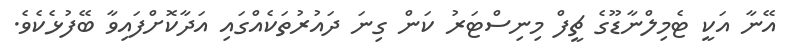
އޭނާ އަކީ ޓެމިލްނާޑޫގެ ޗީފް މިނިސްޓަރު ކަން ގިނަ ދައުރުތަކެއްގައި އަދާކޮށްފައިވާ ބޭފުޅެކެވެ.